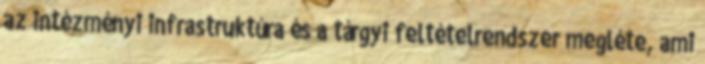
az intézményi infrastruktúra és a tárgyi feltételrendszer megléte, ami